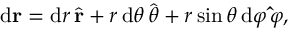
\mathrm { d } \mathbf { r } = \mathrm { d } r \, { \hat { \mathbf { r } } } + r \, \mathrm { d } \theta \, { \hat { \boldsymbol { \theta } } } + r \sin { \theta } \, \mathrm { d } \varphi \, \mathbf { \hat { \boldsymbol { \varphi } } } ,